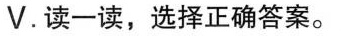
V.读一读,选择正确答案。